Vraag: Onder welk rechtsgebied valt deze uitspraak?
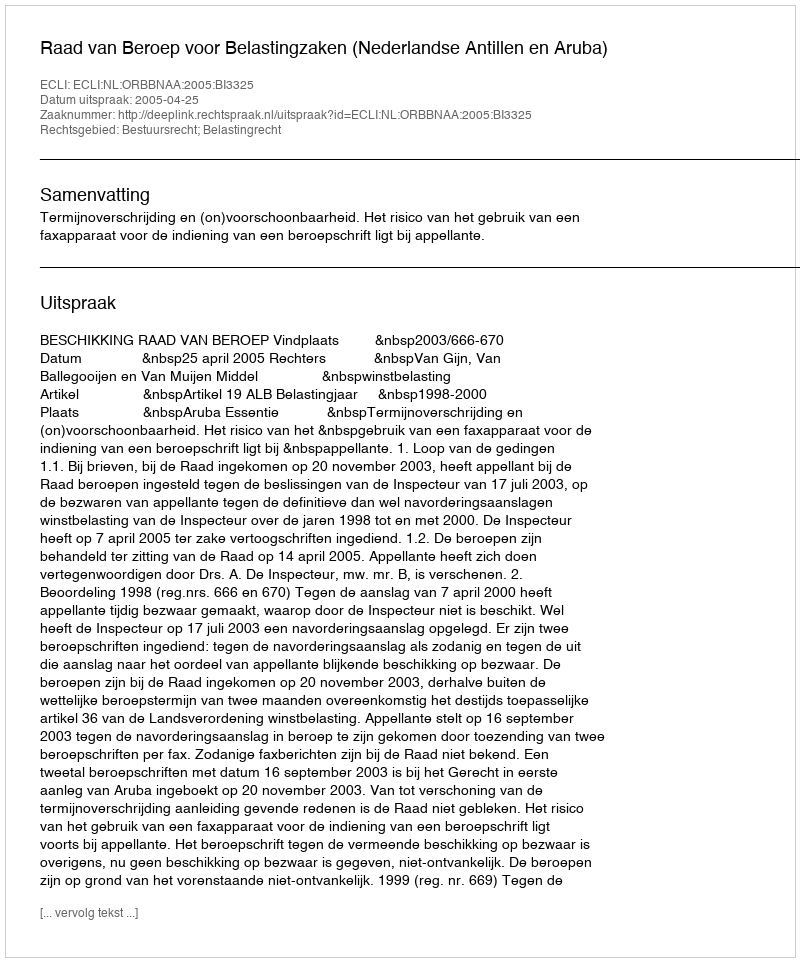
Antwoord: Bestuursrecht; Belastingrecht